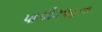
પાકીઝાહના